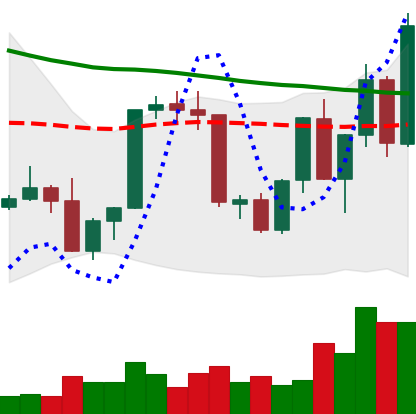
Ticker: XLM-USD
Chart end date: 2022-09-22
Forward return: -10.324%
Label: down_7plus